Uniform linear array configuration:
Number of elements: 4
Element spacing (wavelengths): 0.25
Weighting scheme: uniform
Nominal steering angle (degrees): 30
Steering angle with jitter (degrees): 31.346
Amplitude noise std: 0.05
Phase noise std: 0.05

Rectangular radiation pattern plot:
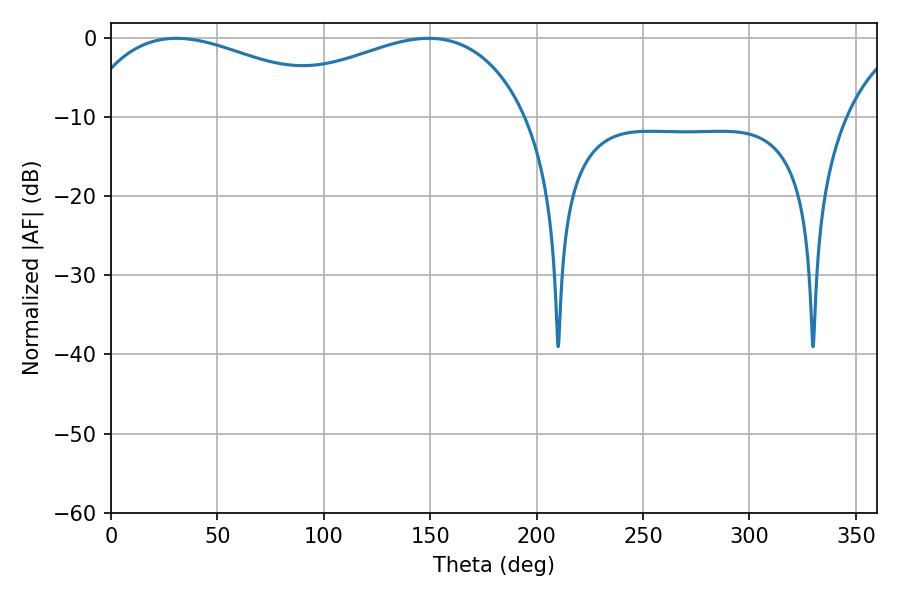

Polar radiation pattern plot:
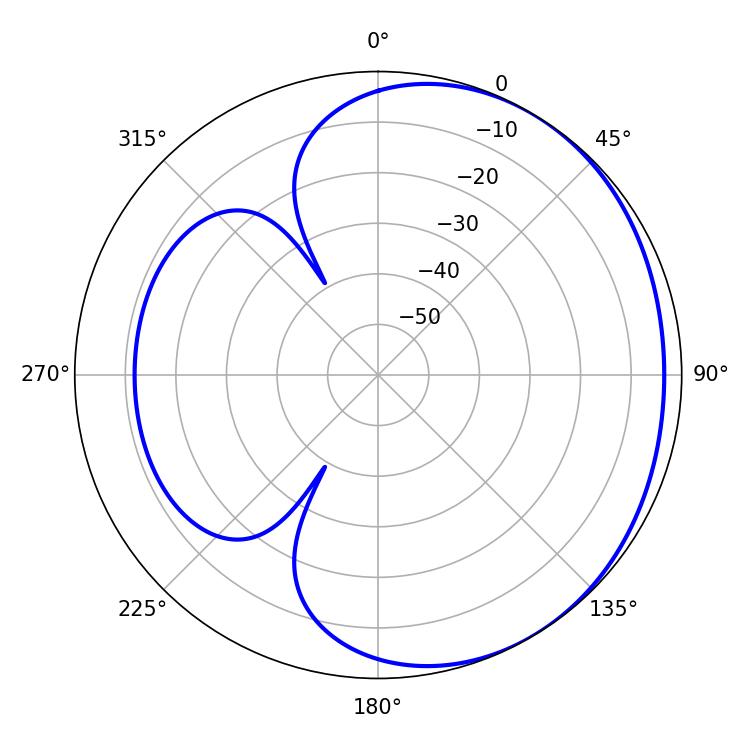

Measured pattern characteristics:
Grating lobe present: FALSE
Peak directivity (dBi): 1.948
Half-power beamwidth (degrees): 72.72
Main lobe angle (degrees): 30.78